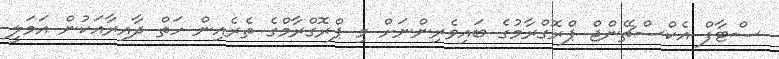
ސްޓާފް އެކްސްޗޭންޖް ޕްރޮގްރާމުގެ ބައިވެރިންނަށް މި ޕްރޮގްރާމްގެ ތެރެއިން ހަތް ދާއިރާއަކުން އަމަލީ